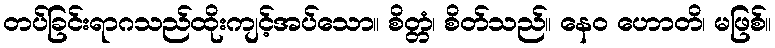
တပ်ခြင်းရာဂသည်ထိုးကျင့်အပ်သော။ စိတ္တံ၊ စိတ်သည်။ နေဝ ဟောတိ၊ မဖြစ်။